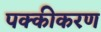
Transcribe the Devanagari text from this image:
पक्कीकरण